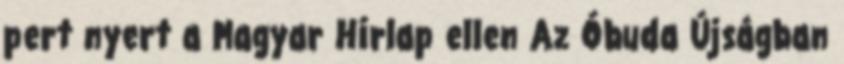
pert nyert a Magyar Hírlap ellen Az Óbuda Újságban